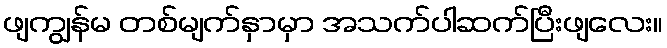
ဖျကျွန်မ တစ်မျက်နှာမှာ အသက်ပါဆက်ပြီးဖျလေး။